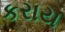
કરાય